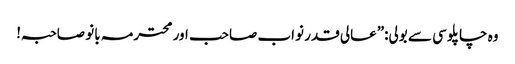
وہ چاپلوسی سے بولی:”عالی قدر نواب صاحب اور محترمہ بانو صاحبہ!